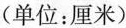
(单位：厘米)